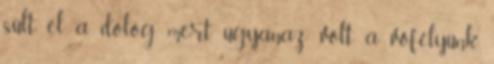
sült el a dolog, mert ugyanaz volt a vőfélyünk,